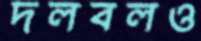
দলবলও